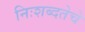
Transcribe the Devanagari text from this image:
निःशब्दतेचे